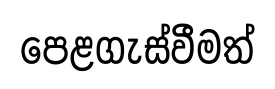
පෙළගැස්වීමත්